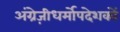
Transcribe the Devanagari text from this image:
अंग्रेज़ीधर्मोपदेशकों